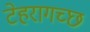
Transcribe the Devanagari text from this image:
टेहरागच्छ